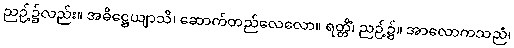
ညဉ့်၌လည်း။ အဓိဋ္ဌေယျာသိ၊ ဆောက်တည်လေလော။ ရတ္တိံ၊ ညဉ့်၌။ အာလောကသညံ၊